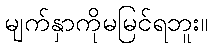
မျက်နှာကိုမမြင်ရဘူး။